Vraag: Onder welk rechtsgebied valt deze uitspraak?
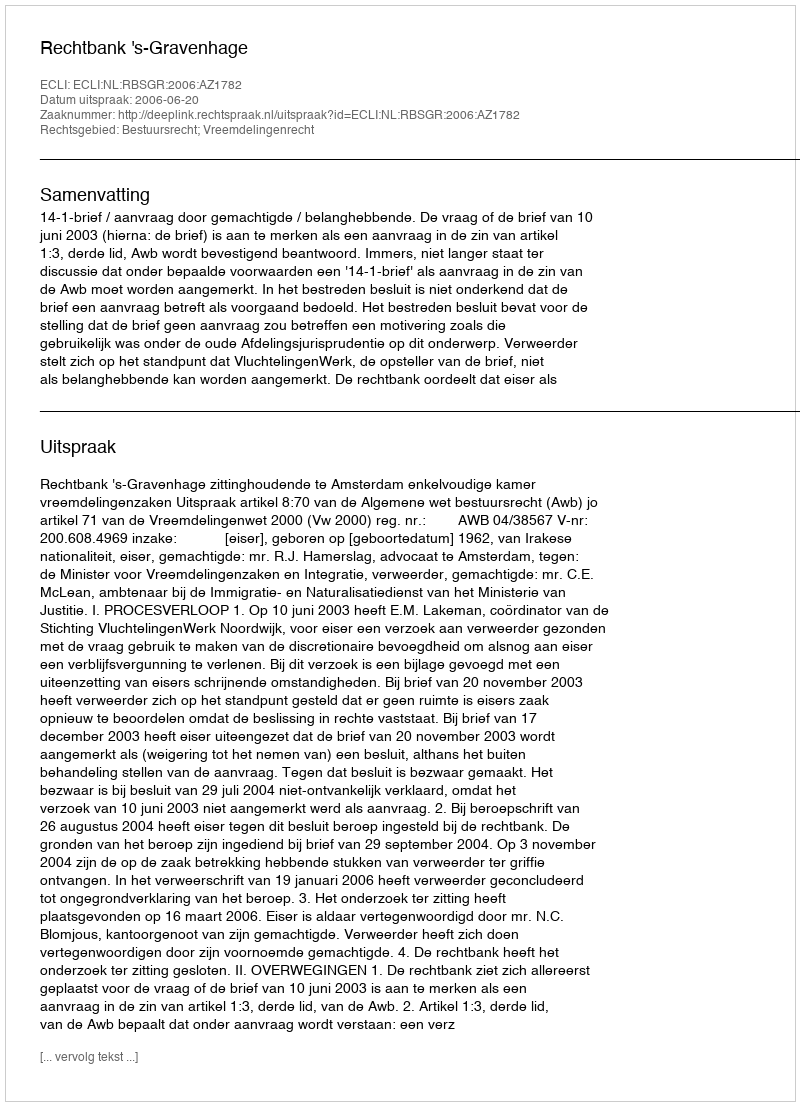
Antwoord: Bestuursrecht; Vreemdelingenrecht